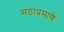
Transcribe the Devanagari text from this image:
मठाप्रमाणे